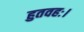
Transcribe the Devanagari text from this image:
हुतवहः।